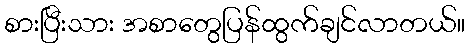
စားပြီးသား အစာတွေပြန်ထွက်ချင်လာတယ်။